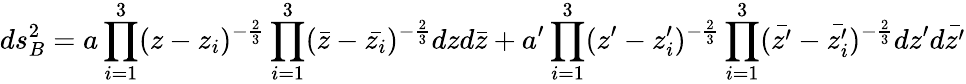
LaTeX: ds_{B}^{2}=a\prod_{i=1}^{3}(z-z_{i})^{-\frac{2}{3}}\prod_{i=1}^{3}(\bar{z}-\bar{z_{i}})^{-\frac{2}{3}}dzd\bar{z}+a^{\prime}\prod_{i=1}^{3}(z^{\prime}-z_{i}^{\prime})^{-\frac{2}{3}}\prod_{i=1}^{3}(\bar{z^{\prime}}-\bar{z_{i}^{\prime}})^{-\frac{2}{3}}dz^{\prime}d\bar{z^{\prime}}